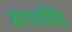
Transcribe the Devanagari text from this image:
संगतसिंह